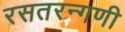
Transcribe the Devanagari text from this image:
रसतरन्गणी